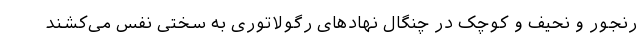
رنجور و نحیف و کوچک در چنگال نهادهای رگولاتوری به سختی نفس می‌کشند